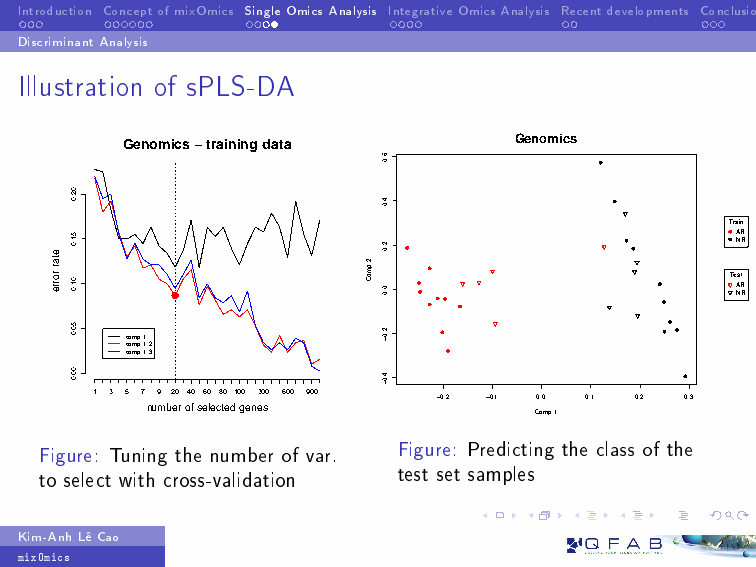
Introduction ConceptofmixOmics SingleOmicsAnalysis IntegrativeOmicsAnalysis Recentdevelopments Conclusions
 DiscriminantAnalysis
 Illustration of sPLS-DA
 Genomics
 Genomics − training data
 Train
 AR NR
 Test AR l NR
 comp 1
 comp 1:2
 comp 1:3
 1 3 5 7 9 20 40 60 80 100 300 600 900 −0.2 −0.1 0.0 0.1 0.2 0.3
 number of selected genes
 Comp 1
 Figure: Tuning the number of var. Figure: Predicting the class of the
 to select with cross-validation test set samples
 Kim-AnhLŒCao
 mixOmics
 etar
 rorre
 02.0
 51.0
 01.0
 50.0
 00.0
 2 pmoC
 6.0
 4.0
 2.0
 0.0
 2.0−
 4.0−